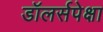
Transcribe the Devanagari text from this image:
डॉलर्सपेक्षा